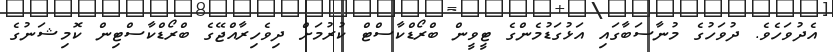
އެދުވަހެވެ. ދުވަހުގެ މުނާސަބާގައި އަޅުގަޑުމެންގެ ޓީވީން ބްރޯޑްކާސްޓް ކުރުމަށް ދިވެހިރާއްޖޭގެ ބްރޯޑްކާސްޓިން ކޮމިޝަނުގެ